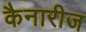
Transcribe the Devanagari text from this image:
कैनारीज